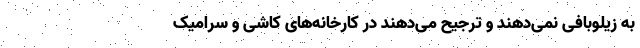
به زیلوبافی نمی‌دهند و ترجیح می‌دهند در کارخانه‌های کاشی و سرامیک